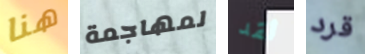
هنا لمهاجمة لقد قرد